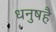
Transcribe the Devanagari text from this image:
धनुषहै